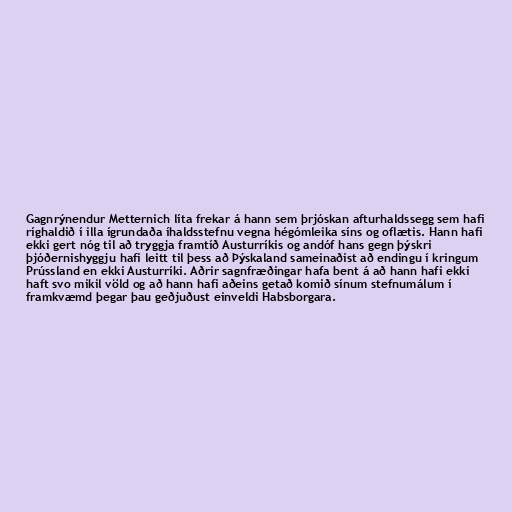
Gagnrýnendur Metternich líta frekar á hann sem þrjóskan afturhaldssegg sem hafi
ríghaldið í illa ígrundaða íhaldsstefnu vegna hégómleika síns og oflætis. Hann hafi
ekki gert nóg til að tryggja framtíð Austurríkis og andóf hans gegn þýskri
þjóðernishyggju hafi leitt til þess að Þýskaland sameinaðist að endingu í kringum
Prússland en ekki Austurríki. Aðrir sagnfræðingar hafa bent á að hann hafi ekki
haft svo mikil völd og að hann hafi aðeins getað komið sínum stefnumálum í
framkvæmd þegar þau geðjuðust einveldi Habsborgara.